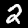
Digit: 2